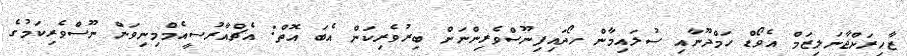
ޒާހިރަށްޖާނަލިޒަމް އެވޯޑް ހަމްދޫނާއި ސުލައިމާން ހޯދައިފިނޫސްވެރިންނަށް ބިރުވެރިކަން އެބަ އޮތް: އެޗްއާރުސީއެމްމިނިވަން ނޫސްވެރިކަމުގެ